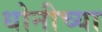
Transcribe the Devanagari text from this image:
धोनीच्या